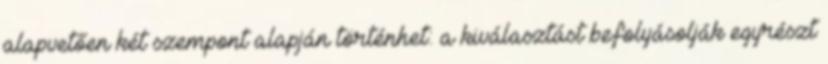
alapvetően két szempont alapján történhet: a kiválasztást befolyásolják egyrészt